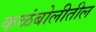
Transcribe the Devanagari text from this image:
कळंबोलीतील